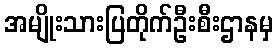
အမျိုးသားပြတိုက်ဦးစီးဌာနမှ